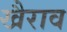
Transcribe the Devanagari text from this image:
खैराव